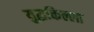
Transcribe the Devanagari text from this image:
युद्धकिल्ला